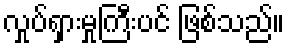
လှုပ်ရှားမှုကြီးပင် ဖြစ်သည်။